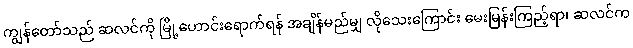
ကျွန်တော်သည် ဆလင်ကို မြို့ဟောင်းရောက်ရန် အချိန်မည်မျှ လိုသေးကြောင်း မေးမြန်းကြည့်ရာ၊ ဆလင်က